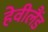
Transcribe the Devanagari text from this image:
हेवीलैंड